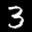
Label: 3